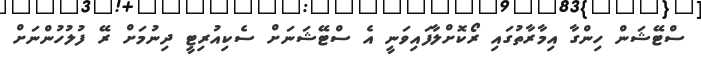
ސްޓޭޝަން ހިންގާ އިމާރާތުގައި ރޯކޮށްލާފައިވަނީ އެ ސްޓޭޝަނަށް ސެކިއުރިޓީ ދިނުމަށް ރޭ ފުލުހުންނަށް